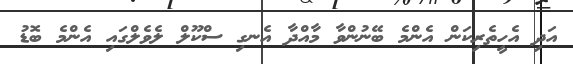
އަދި އެހީތެރިކަން އެންމެ ބޭނުންވާ މާއްދާ އެނގި ސްކޫލް ލެވެލްގައި އެންމެ ބޮޑު